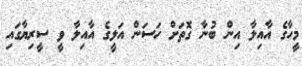
މީހާގެ އާއިލާ އިން ބުނާ ގޮތަށް ހަސަން އަލީގެ އާއިލާ ވީ ސީރިޔާގައި